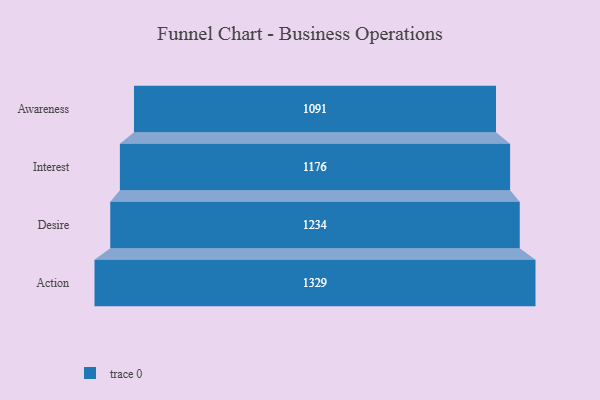
{"axis": {"x": "Stage", "y": "Value"}, "legend": [""], "data": [{"x": "Awareness", "y": 1091.0, "type": ""}, {"x": "Interest", "y": 1176.0, "type": ""}, {"x": "Desire", "y": 1234.0, "type": ""}, {"x": "Action", "y": 1329.0, "type": ""}]}